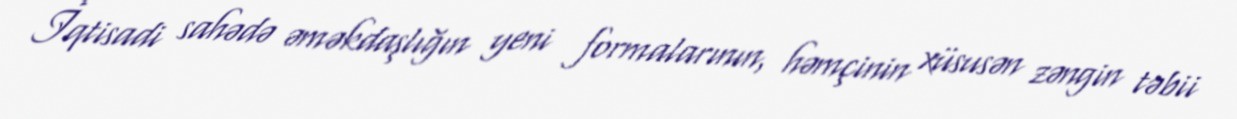
İqtisadi sahədə əməkdaşlığın yeni formalarının, həmçinin xüsusən zəngin təbii